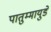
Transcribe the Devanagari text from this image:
पातुम्मायुडे